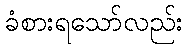
ခံစားရသော်လည်း